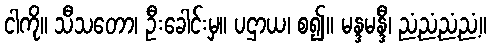
ငါကို။ သီသတော၊ ဦးခေါင်းမှ။ ပဌာယ၊ စ၍။ မန္ဒမန္ဒီ၊ ညံ့ညံ့ညံ့ညံ့။